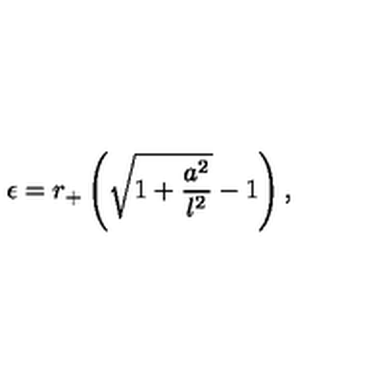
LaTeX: \epsilon = r _ { + } \left( \sqrt { 1 + \frac { a ^ { 2 } } { l ^ { 2 } } } - 1 \right) ,